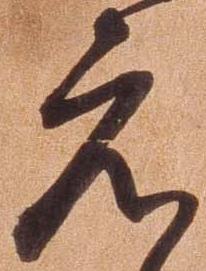
元